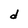
Character: d